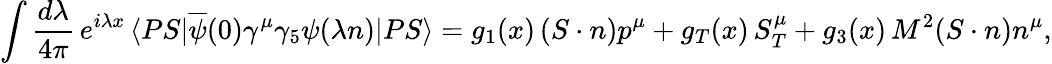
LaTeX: \int\frac{d\lambda}{4\pi}\, e^{i\lambda x}\, \langle PS|\overline{{{\psi}}}(0)\gamma^{\mu}\gamma_{5}\psi(\lambda n)|PS\rangle=g_{1}(x)\, (S\cdot n)p^{\mu}+g_{T}(x)\, S_{T}^{\mu}+g_{3}(x)\, M^{2}(S\cdot n)n^{\mu},